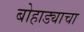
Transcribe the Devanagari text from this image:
बोहाड्याचा